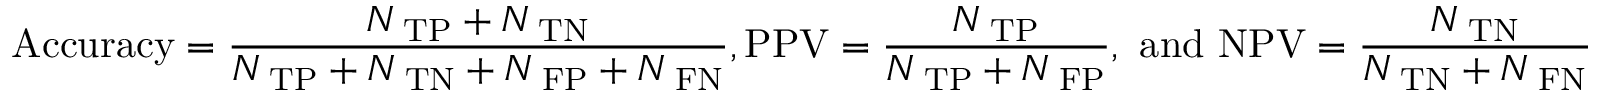
\mathrm { A c c u r a c y } = \frac { N _ { \mathrm { \scriptsize ~ T P } } + N _ { \mathrm { \scriptsize ~ T N } } } { N _ { \mathrm { \scriptsize ~ T P } } + N _ { \mathrm { \scriptsize ~ T N } } + N _ { \mathrm { \scriptsize ~ F P } } + N _ { \mathrm { \scriptsize ~ F N } } } , \mathrm { P P V } = \frac { N _ { \mathrm { \scriptsize ~ T P } } } { N _ { \mathrm { \scriptsize ~ T P } } + N _ { \mathrm { \scriptsize ~ F P } } } , \mathrm { ~ a n d ~ } \mathrm { N P V } = \frac { N _ { \mathrm { \scriptsize ~ T N } } } { N _ { \mathrm { \scriptsize ~ T N } } + N _ { \mathrm { \scriptsize ~ F N } } }